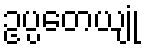
ဥပ္ပတေယျုံ